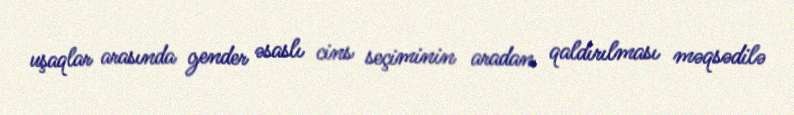
uşaqlar arasında gender əsaslı cins seçiminin aradan qaldırılması məqsədilə